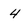
Character: 4